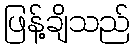
ဖြန့်ချိသည်